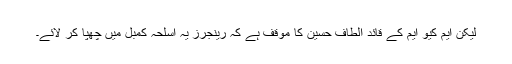
لیکن ایم کیو ایم کے قائد الطاف حسین کا موقف ہے کہ رینجرز یہ اسلحہ کمبل میں چھپا کر لائے۔